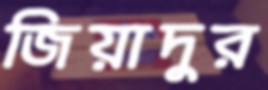
জিয়াদুর